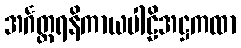
အင်္ဂတ္တရနိကာယပါဠိအဋ္ဌကထာ